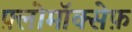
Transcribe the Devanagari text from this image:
फ़्लोमॉक्सेफ़